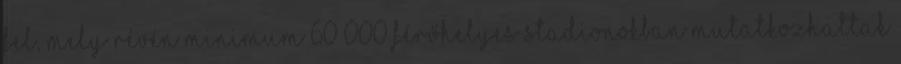
fel, mely révén minimum 60 000 férőhelyes stadionokban mutatkozhattak